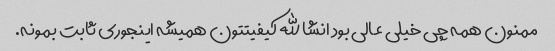
ممنون همه چی خیلی عالی بود انشالله کیفیتتون همیشه اینجوری ثابت بمونه.